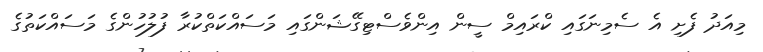
މިއަދު ފެށި އެ ސެމިނަގައި ކްރައިމް ސީން އިންވެސްޓިގޭޝަންގައި މަސައްކަތްކުރާ ފުލުހުންގެ މަސައްކަތުގެ